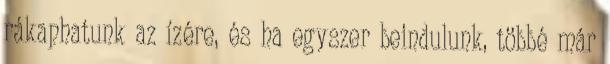
rákaphatunk az ízére, és ha egyszer beindulunk, többé már